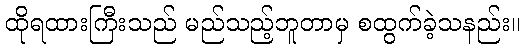
ထိုရထားကြီးသည် မည်သည့်ဘူတာမှ စထွက်ခဲ့သနည်း။